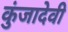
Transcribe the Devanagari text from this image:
कुंजादेवी